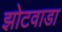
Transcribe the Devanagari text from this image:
झोटवाडा